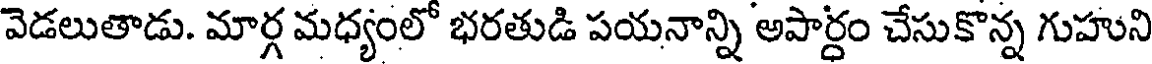
వెడలుతాడు. మార్గ మధ్యంలో భరతుడి పయనాన్ని అపార్ధం చేసుకొన్న గుహుని